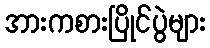
အားကစားပြိုင်ပွဲများ